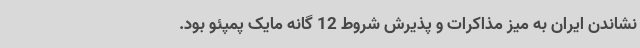
نشاندن ایران به میز مذاکرات و پذیرش شروط 12 گانه مایک پمپئو بود.